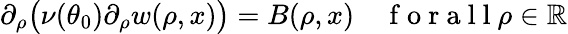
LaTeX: \begin{array}{r}{\partial_{\rho}\big(\nu(\theta_{0})\partial_{\rho}w(\rho,x)\big)=B(\rho,x)\quad\mathrm{~f~o~r~a~l~l~}\rho\in\mathbb{R}}\end{array}